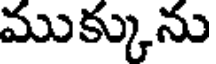
ముక్కును